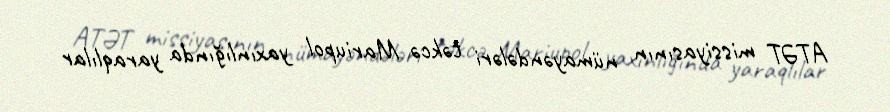
ATƏT missiyasının nümayəndələri təkcə Mariupol yaxınlığında yaraqlılar